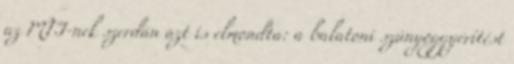
az MTI-nek szerdán azt is elmondta: a balatoni szúnyoggyérítést